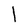
Character: l